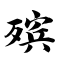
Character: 殡